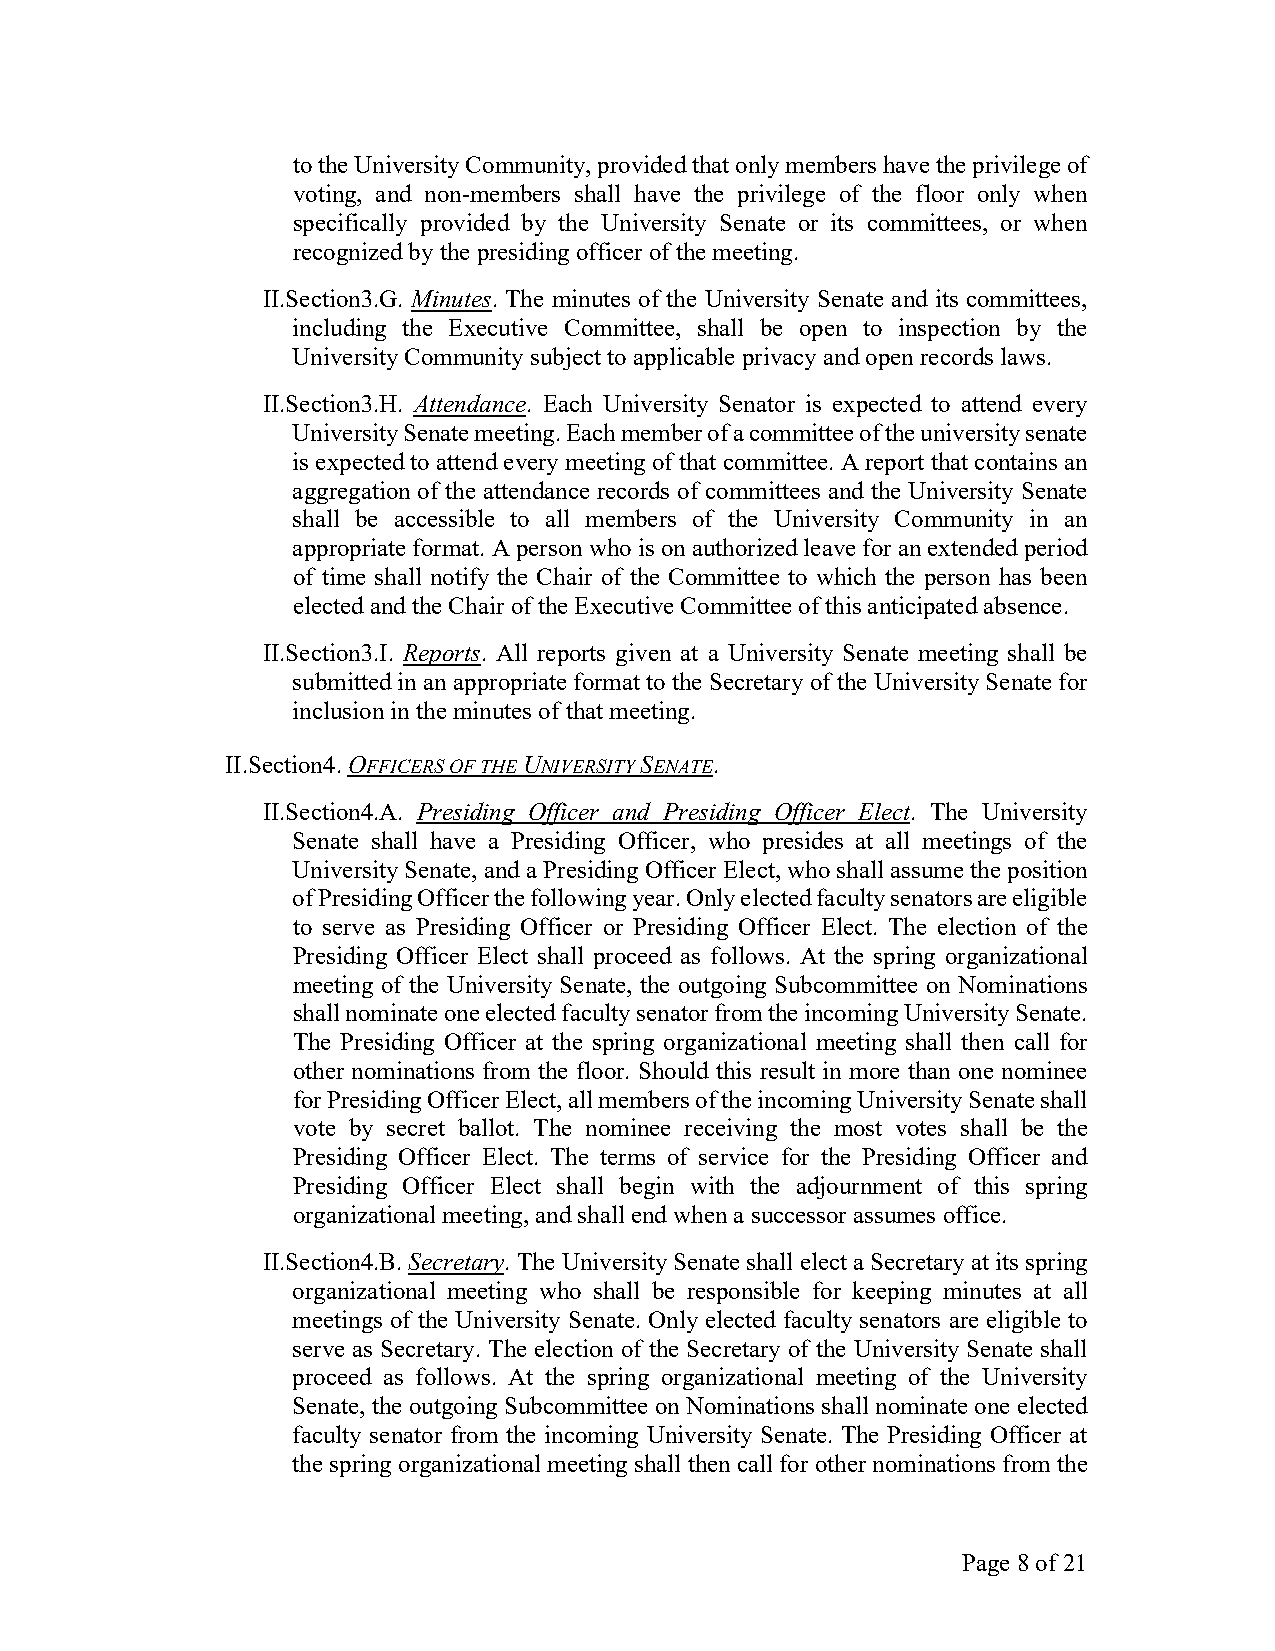
to the University Community, provided that only members have the privilege of
 voting, and non-members shall have the privilege of the floor only when
 specifically provided by the University Senate or its committees, or when
 recognized by the presiding officer of the meeting.
 II.Section3.G. Minutes. The minutes of the University Senate and its committees,
 including the Executive Committee, shall be open to inspection by the
 University Community subject to applicable privacy and open records laws.
 II.Section3.H. Attendance. Each University Senator is expected to attend every
 University Senate meeting. Each member of a committee of the university senate
 is expected to attend every meeting of that committee. A report that contains an
 aggregation of the attendance records of committees and the University Senate
 shall be accessible to all members of the University Community in an
 appropriate format. A person who is on authorized leave for an extended period
 of time shall notify the Chair of the Committee to which the person has been
 elected and the Chair of the Executive Committee of this anticipated absence.
 II.Section3.I. Reports. All reports given at a University Senate meeting shall be
 submitted in an appropriate format to the Secretary of the University Senate for
 inclusion in the minutes of that meeting.
 II.Section4. OFFICERS OF THE UNIVERSITY SENATE.
 II.Section4.A. Presiding Officer and Presiding Officer Elect. The University
 Senate shall have a Presiding Officer, who presides at all meetings of the
 University Senate, and a Presiding Officer Elect, who shall assume the position
 of Presiding Officer the following year. Only elected faculty senators are eligible
 to serve as Presiding Officer or Presiding Officer Elect. The election of the
 Presiding Officer Elect shall proceed as follows. At the spring organizational
 meeting of the University Senate, the outgoing Subcommittee on Nominations
 shall nominate one elected faculty senator from the incoming University Senate.
 The Presiding Officer at the spring organizational meeting shall then call for
 other nominations from the floor. Should this result in more than one nominee
 for Presiding Officer Elect, all members of the incoming University Senate shall
 vote by secret ballot. The nominee receiving the most votes shall be the
 Presiding Officer Elect. The terms of service for the Presiding Officer and
 Presiding Officer Elect shall begin with the adjournment of this spring
 organizational meeting, and shall end when a successor assumes office.
 II.Section4.B. Secretary. The University Senate shall elect a Secretary at its spring
 organizational meeting who shall be responsible for keeping minutes at all
 meetings of the University Senate. Only elected faculty senators are eligible to
 serve as Secretary. The election of the Secretary of the University Senate shall
 proceed as follows. At the spring organizational meeting of the University
 Senate, the outgoing Subcommittee on Nominations shall nominate one elected
 faculty senator from the incoming University Senate. The Presiding Officer at
 the spring organizational meeting shall then call for other nominations from the
 Page 8 of 21